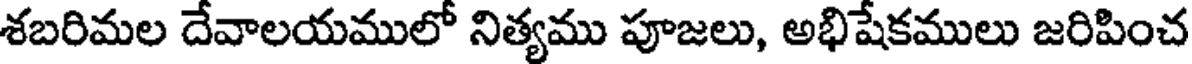
శబరిమల దేవాలయములో నిత్యము పూజలు, అభిషేకములు జరిపించ